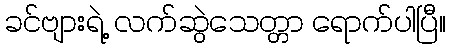
ခင်ဗျားရဲ့ လက်ဆွဲသေတ္တာ ရောက်ပါပြီ။